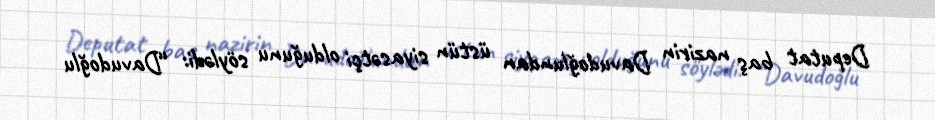
Deputat baş nazirin Davudoğlundan üstün siyasətçi olduğunu söylədi: “Davudoğlu